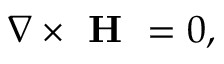
\begin{array} { r } { \nabla \times \textbf { H } = 0 , } \end{array}